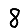
Digit: 8